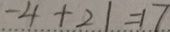
- 4 + 2 1 = 1 7